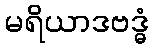
မရိယာဒဗဒ္ဓံ